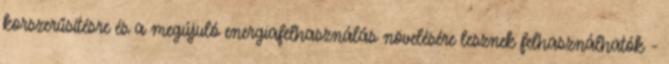
korszerűsítésre és a megújuló energiafelhasználás növelésére lesznek felhasználhatók -